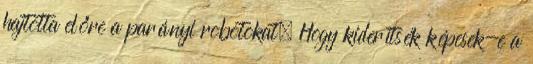
hajtotta előre a parányi robotokat. Hogy kiderítsék képesek-e a